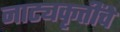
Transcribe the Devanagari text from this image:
नाट्यकृतींचे